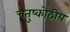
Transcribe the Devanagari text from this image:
चतुष्कोठीय